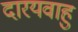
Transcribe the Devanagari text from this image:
दारयवाहु